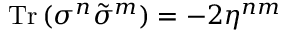
\mathrm { T r } \, ( \sigma ^ { n } \tilde { \sigma } ^ { m } ) = - 2 \eta ^ { n m }